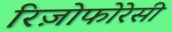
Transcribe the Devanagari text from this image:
रिज़ोफोरेसी